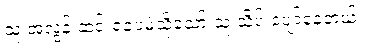
သူ အလွန် ဆင်းရဲပေမဲ့သို့သော် သူ သိပ် ပျော်နေတယ်။